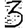
Digit: 3